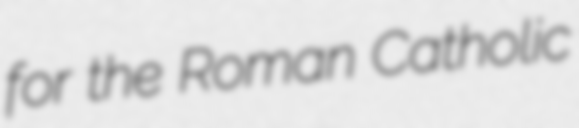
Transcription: for the Roman Catholic